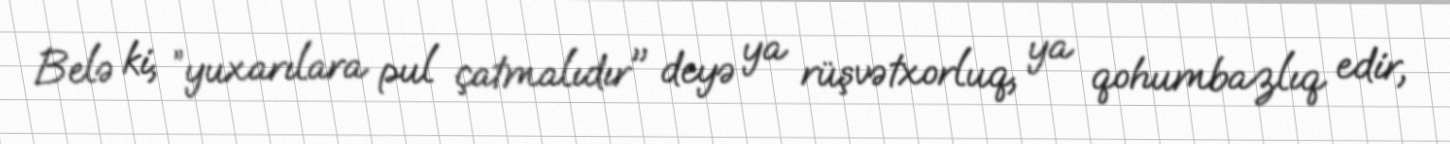
Belə ki, ”yuxarılara pul çatmalıdır" deyə ya rüşvətxorluq, ya qohumbazlıq edir,